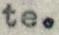
te.